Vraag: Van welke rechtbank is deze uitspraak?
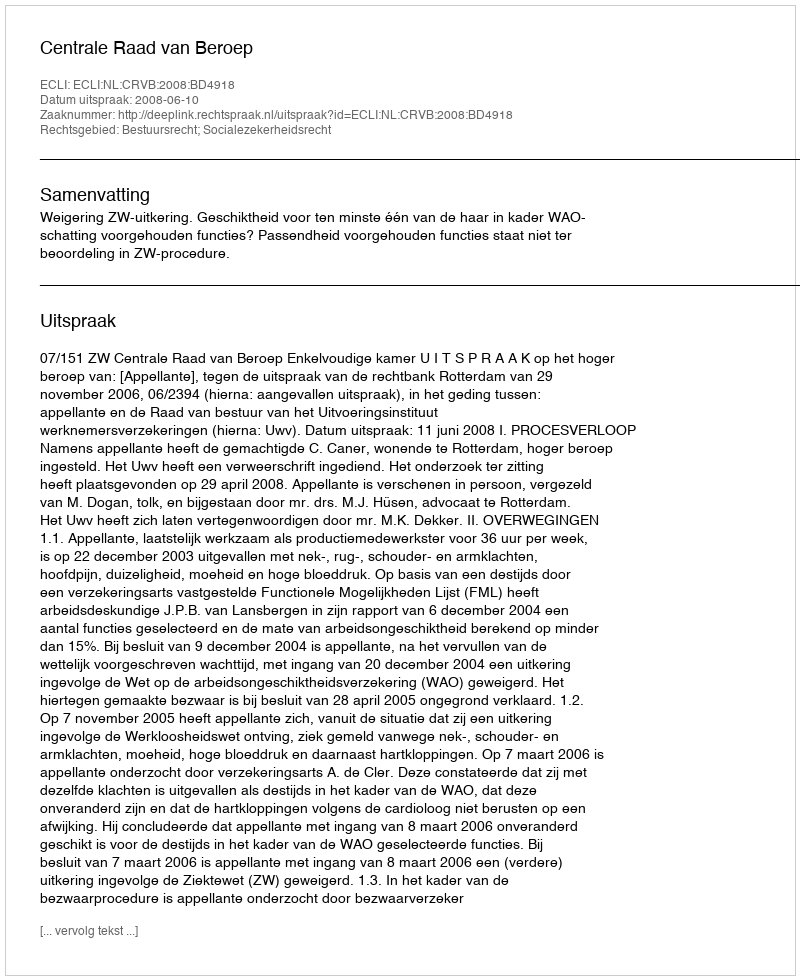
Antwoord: Centrale Raad van Beroep